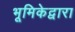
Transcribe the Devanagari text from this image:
भूमिकेद्वारा